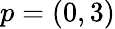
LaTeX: p=(0,3)